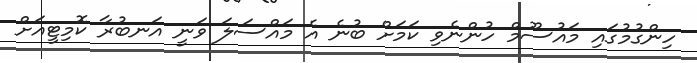
ހިންގުމުގައި މައުސޫމް ހުންނެވި ކަމަށް ބުނެ އެ މައްސަލަ ވަނީ އަނބުރާ ކޮމިޓީއަށް